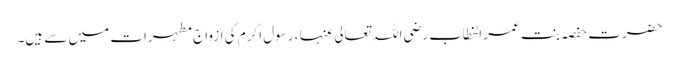
حضرت حفصہ بنت عمر الخطاب رضی اللہ تعالی عنہا ، رسول اکرم کی ازواج مطہرات میں سے ہیں۔